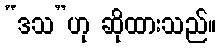
“ဒသ”ဟု ဆိုထားသည်။